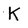
Character: K